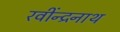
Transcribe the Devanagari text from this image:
रवींन्द्रनाथ